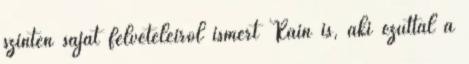
szintén saját felvételeiről ismert Rain is, aki ezúttal a